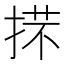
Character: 𢯒